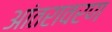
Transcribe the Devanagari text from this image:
आंतरावरण